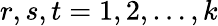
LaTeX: r,s,t=1,2,\ldots,k